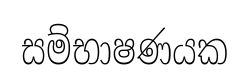
සම්භාෂණයක